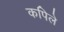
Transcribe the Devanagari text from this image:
कपिले